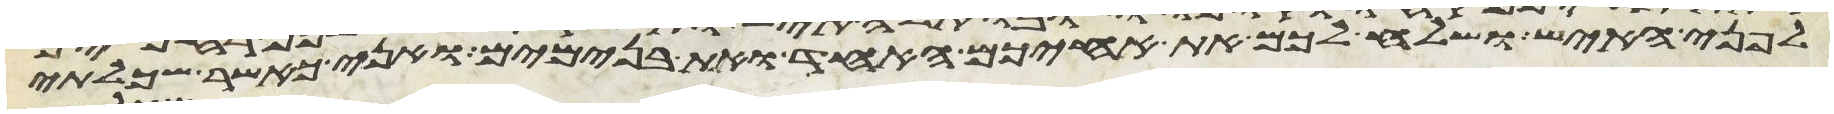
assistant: לפני האיש ושלח לכם את אחיכם האחד ואת בנימים ואני כאשר שכלתי